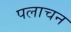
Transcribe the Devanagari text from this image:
पलाचन